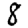
Digit: 8